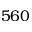
5 6 0